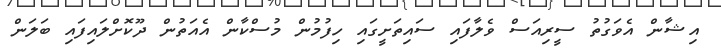
އިޝާން އެވަގުތު ސީރިއަސް ވެލާފައި ސައިތަށީގައި ހިފުމުން މުސްކާން އެއަތުން ދޫކޮށްލައިފައި ބަލަން